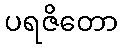
ပရဇိတော